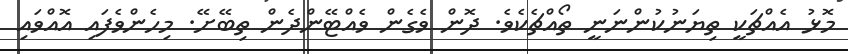
މޮޅު އެއްޗަކީ ތިޔަނުކުންނަނީ ތޯއްޗެކެވެ. ދޮން ވެގެން ވެއްޓޭންދެން ތިބޭށޭ. މިހެންވެފައި އޮއްވައި